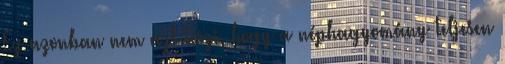
Ez azonban nem azt teszi, hogy a néphagyomány teljesen